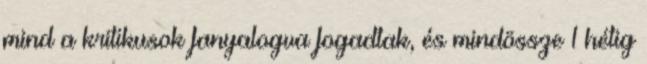
mind a kritikusok fanyalogva fogadtak, és mindössze 1 hétig